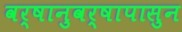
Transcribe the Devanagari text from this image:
वर्षानुवर्षापासुन